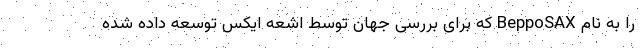
را به نام BeppoSAX که برای بررسی جهان توسط اشعه ایکس توسعه داده شده